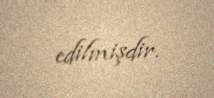
edilmişdir.